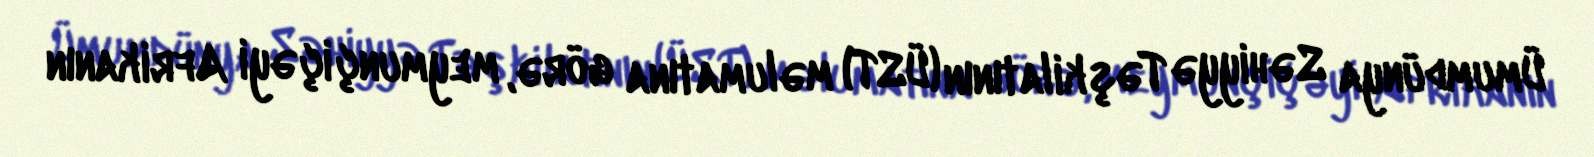
Ümumdünya Səhiyyə Təşkilatının (ÜST) məlumatına görə, meymunçiçəyi Afrikanın